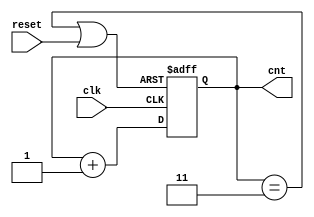
module bad_counter (input clk , input reset , output reg [1:0] cnt);
wire res_int;

assign res_int = (cnt == 2'b11) | reset;

always @(posedge clk , posedge res_int)
begin
	if(res_int)
		cnt <= 2'b00;
	else
		cnt <= cnt+1;
end



endmodule